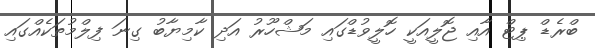
ބްރެޑް ޕިޓް އާއި ޖޮލީއަކީ ހޮލީވުޑްގައި މަޝްހޫރު އަދި ކާމިޔާބު ގިނަ ފިލްމުތަކެއްގައި